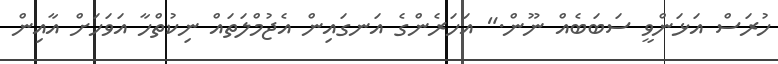
ހުރަސް އަޅަންވީ ސަބަބެއް ނޫން." އަހަރެންގެ އަނގައިން އެޖުމްލަތައް ނިކުތްހާ އަވަހަށް އާއިން